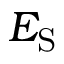
E _ { \mathrm { S } }